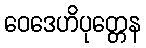
ဝေဒေဟိပုတ္တေန